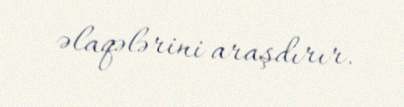
əlaqələrini araşdırır.